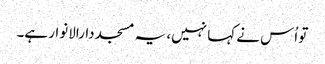
تو اُس نے کہا نہیں، یہ مسجد دارالانوار ہے۔